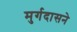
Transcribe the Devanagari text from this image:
मुर्गदासने